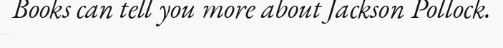
Books can tell you more about Jackson Pollock.